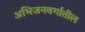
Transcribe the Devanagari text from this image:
अभिजनवर्गातील